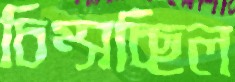
চিম্‌সচ্ছিল